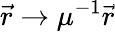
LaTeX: \vec{r}\rightarrow\mu^{-1}\vec{r}